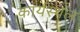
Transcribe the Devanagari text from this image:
कार्यस्‍थल